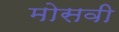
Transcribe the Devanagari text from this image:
मोसवी